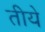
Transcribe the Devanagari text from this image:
तीये